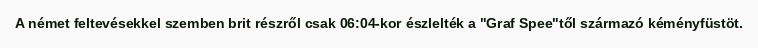
A német feltevésekkel szemben brit részről csak 06:04-kor észlelték a "Graf Spee"től származó kéményfüstöt.